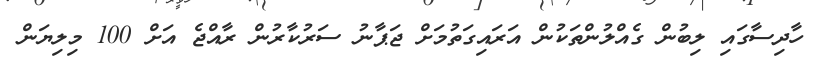
ހާދިސާގައި ލިބުން ގެއްލުންތަކުން އަރައިގަތުމަށް ޖަޕާނު ސަރުކާރުން ރާއްޖެ އަށް 100 މިލިޔަން